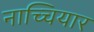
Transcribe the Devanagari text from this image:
नाच्चियार